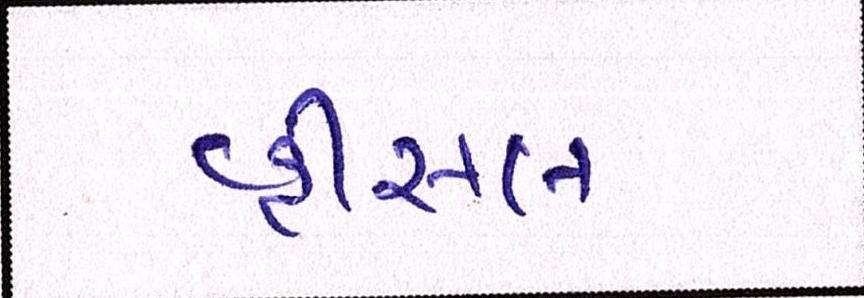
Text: વ્હીસલ